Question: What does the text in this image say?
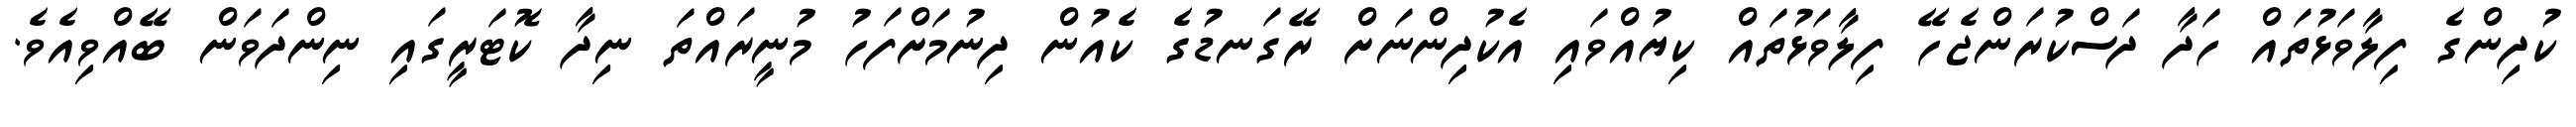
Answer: ކުދިންގެ ފިލާވަޅުތައް ހަދާ ދަސްކުރަންޖެހޭ ފިލާވަޅުތައް ކިޔުއްވައި އެކުދިންނަށް ރޭގަނޑުގެ ކެއުން ދިނުމަށްފަހު މުނީރައްތަ ނިދާ ކޮޓަރީގައި ނިންދަވަން ބޭއްވިއެވެ.